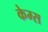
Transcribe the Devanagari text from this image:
केम्स